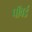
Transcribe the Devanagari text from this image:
पॉवर्ड